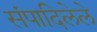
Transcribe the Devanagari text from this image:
संपादिलेले